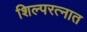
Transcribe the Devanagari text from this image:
शिल्परत्नात